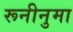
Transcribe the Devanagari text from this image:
रूनीनुमा